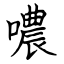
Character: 噥